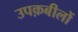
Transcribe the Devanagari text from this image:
उपक़बीलों